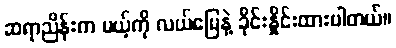
ဆရာညိန်းက မယ့်ကို လယ်မြေနဲ့ ခိုင်းနှိုင်းထားပါတယ်။